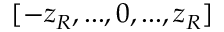
[ - z _ { R } , . . . , 0 , . . . , z _ { R } ]